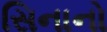
સિનાનો